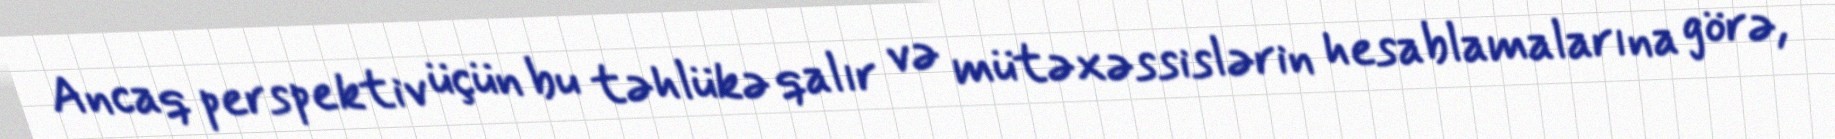
Ancaq perspektiv üçün bu təhlükə qalır və mütəxəssislərin hesablamalarına görə,